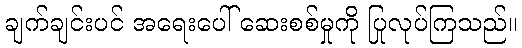
ချက်ချင်းပင် အရေးပေါ် ဆေးစစ်မှုကို ပြုလုပ်ကြသည်။